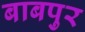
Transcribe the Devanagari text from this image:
बाबपुर